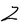
Character: Z